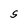
Character: S